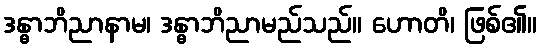
ဒန္ဓာဘိညာနာမ၊ ဒန္ဓာဘိညာမည်သည်။ ဟောတိ၊ ဖြစ်၏။